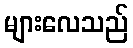
များလေသည်